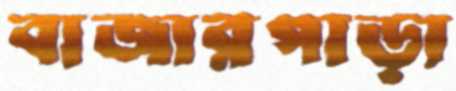
বাজারপাড়া